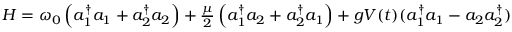
\begin{array} { r } { H = \omega _ { 0 } \left( a _ { 1 } ^ { \dagger } a _ { 1 } + a _ { 2 } ^ { \dagger } a _ { 2 } \right) + \frac { \mu } { 2 } \left( a _ { 1 } ^ { \dagger } a _ { 2 } + a _ { 2 } ^ { \dagger } a _ { 1 } \right) + g V ( t ) ( a _ { 1 } ^ { \dagger } a _ { 1 } - a _ { 2 } a _ { 2 } ^ { \dagger } ) } \end{array}